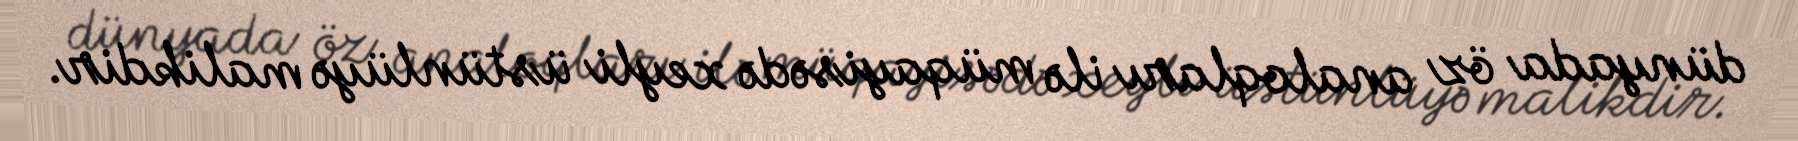
dünyada öz analoqları ilə müqayisədə xeyli üstünlüyə malikdir.